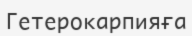
Гетерокарпияға